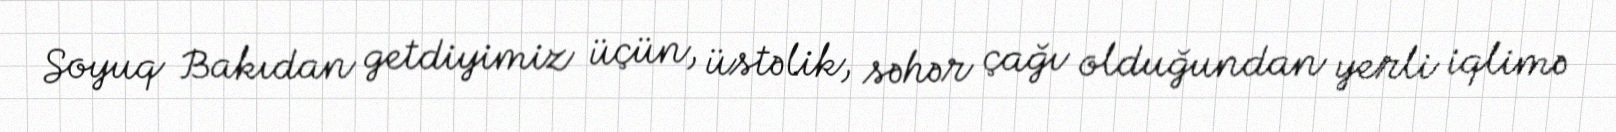
Soyuq Bakıdan getdiyimiz üçün, üstəlik, səhər çağı olduğundan yerli iqlimə